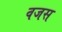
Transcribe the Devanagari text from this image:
वजस